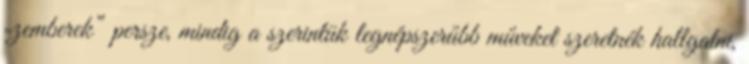
„zemberek” persze, mindig a szerintük legnépszerűbb műveket szeretnék hallgatni,